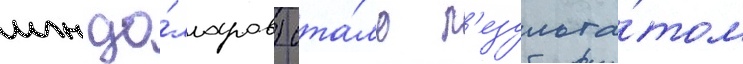
млн до́лларов) ста́ло р'езульта́том